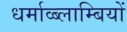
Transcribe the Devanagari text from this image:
धर्माव्ब्लाम्बियों